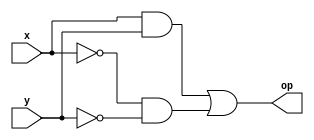

module xnorGate(x, y, op);
input x, y;
output op;
assign op = (x&y)|(~(x)&~(y));
endmodule